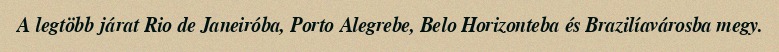
A legtöbb járat Rio de Janeiróba, Porto Alegrebe, Belo Horizonteba és Brazilíavárosba megy.